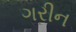
ગરીન